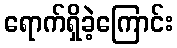
ရောက်ရှိခဲ့ကြောင်း